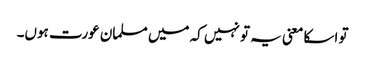
تو اسکا معنی یہ تو نہیں کہ میں مسلمان عورت ہوں۔